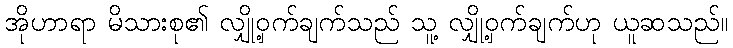
အိုဟာရာ မိသားစု၏ လျှို့ဝှက်ချက်သည် သူ့ လျှို့ဝှက်ချက်ဟု ယူဆသည်။